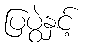
ပြပွဲနှင့်